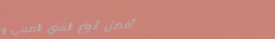
أفضل أنواع الشاي الصيني و